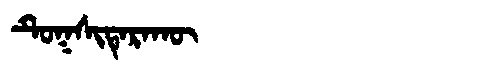
Manchu: ᡨᡠᡴᠰᡳᡨᡝᡵᠠᡴᡡ
Romanization: TUKSITERAKŪ